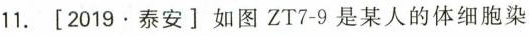
11. [2019▪泰安]如图ZT7-9是某人的体细胞染